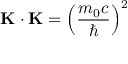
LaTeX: \mathbf { K } \cdot \mathbf { K } = \left( { \frac { m _ { 0 } c } { \hbar } } \right) ^ { 2 }